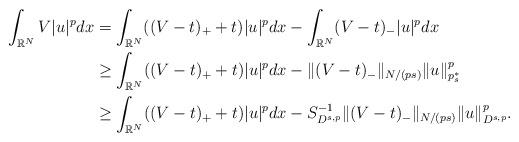
LaTeX: \begin{align*}\int_{\mathbb{R}^N}V|u|^p dx &= \int_{\mathbb{R}^N}((V-t)_{+}+t)|u|^p dx-\int_{\mathbb{R}^N}(V-t)_{-}|u|^p dx\\&\geq \int_{\mathbb{R}^N}((V-t)_{+}+t)|u|^p dx-\|(V-t)_{-}\|_{N/(ps)}\|u\|_{p_s^{*}}^p \\&\geq \int_{\mathbb{R}^N}((V-t)_{+}+t)|u|^p dx-S^{-1}_{D^{s,p}}\|(V-t)_{-}\|_{N/(ps)}\|u\|_{D^{s,p}}^p.\end{align*}